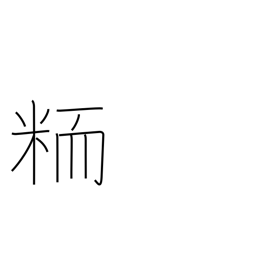
Meaning: nonglutinous grain